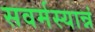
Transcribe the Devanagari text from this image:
सवर्मस्यान्नं